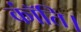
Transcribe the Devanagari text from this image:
कॉंति।